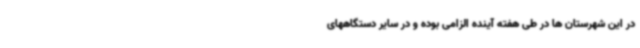
در این شهرستان ها در طی هفته آینده الزامی بوده و در سایر دستگاههای